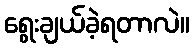
ရွေးချယ်ခဲ့ရတာလဲ။